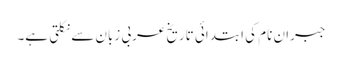
جبران نام کی ابتدائی تاریخ عربی زبان سے نکلتی ہے۔